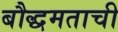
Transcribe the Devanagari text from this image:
बौद्धमताची